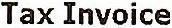
TAX INVOICE